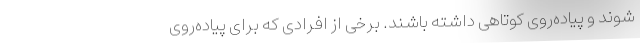
شوند و پیاده‌روی کوتاهی داشته باشند. برخی از افرادی که برای پیاده‌روی